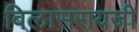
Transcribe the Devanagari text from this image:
विलासरायजी